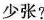
少张?